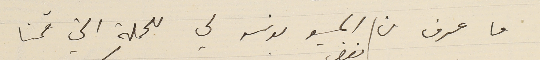
ما عرف من بغض المسيو بونسو لي للحملة التي قمنا